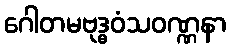
ဂေါတမဗုဒ္ဓဝံသဝဏ္ဏနာ